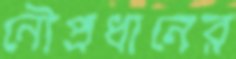
নৌপ্রধানের